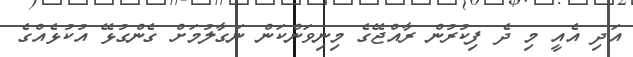
އަދި އެއީ މި ދެ ފިކުރުން ރާއްޖޭގެ މިނިވަންކަން ނަގާލުމަށް ގެންގުޅޭ އުކުޅެއްގެ